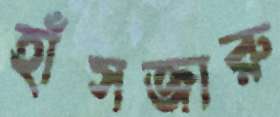
হাঁসজারু